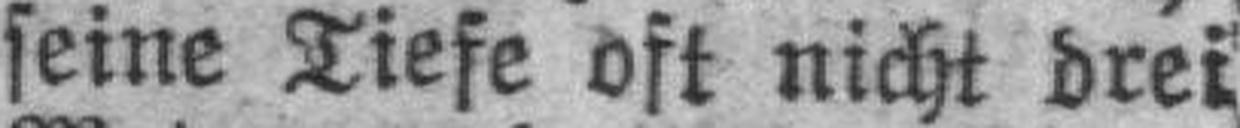
seine Tiefe oft nicht drei